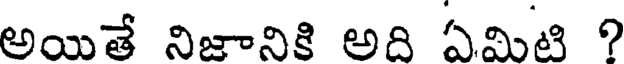
అయితే నిజానికి అది ఏమిటి ?